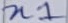
Text: n1